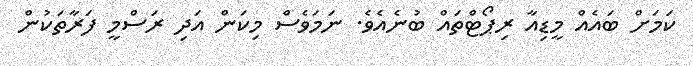
ކަމަށް ބައެއް މީޑިއާ ރިޕޯޓްތައް ބުނެއެވެ. ނަމަވެސް މިކަން އަދި ރަސްމީ ފަރާތަކުން